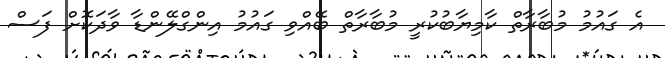
އެ ގައުމު މުބާރާތް ކާމިޔާބުކުރީ މުބާރާތް ބޭއްވި ގައުމު އިންގްލޭންޑާ ވާދަކޮށް ފަސް